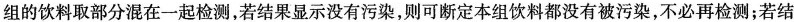
组的饮料取部分混在一起检测，若结果显示没有污染，则可断定本组饮料都没有被污染，不必再检测；若结